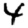
Digit: 4